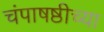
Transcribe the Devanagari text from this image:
चंपाषष्ठीच्या